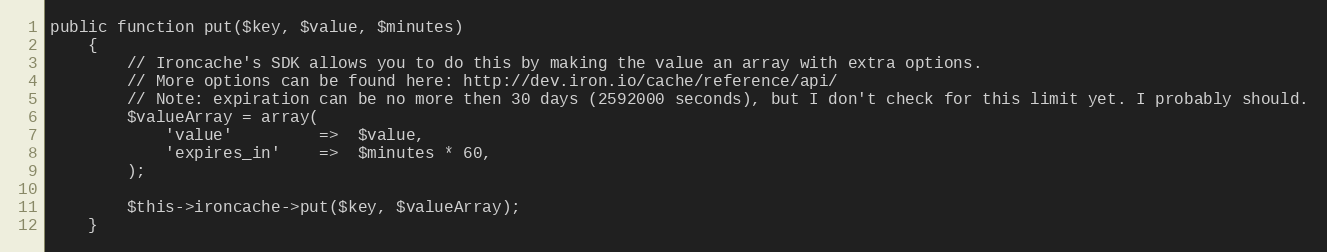
Language: PHP
public function put($key, $value, $minutes)
    {
        // Ironcache's SDK allows you to do this by making the value an array with extra options.
        // More options can be found here: http://dev.iron.io/cache/reference/api/
        // Note: expiration can be no more then 30 days (2592000 seconds), but I don't check for this limit yet. I probably should.
        $valueArray = array(
            'value'         =>  $value,
            'expires_in'    =>  $minutes * 60,
        );

        $this->ironcache->put($key, $valueArray);
    }